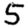
Digit: 5